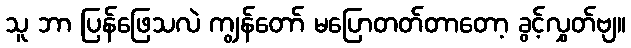
သူ ဘာ ပြန်ဖြေသလဲ ကျွန်တော် မပြောတတ်တာတော့ ခွင့်လွှတ်ဗျ။